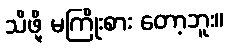
သိဖို့ မကြိုးစား တော့ဘူး။